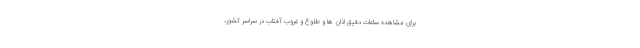
برای مشاهده ساعات دقیق اذان ها و طلوع و غروب آفتاب در سراسر کشور،